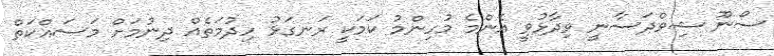
ސޯނޫ ޝިވްދަސާނީ ވިދާޅުވީ އެންމެ މުހިންމު ކަމަކީ ރަނގަޅު ހިދުމަތެއް ދިނުމަށް މަސައްކަތް